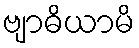
ဗျာဓိယာမိ